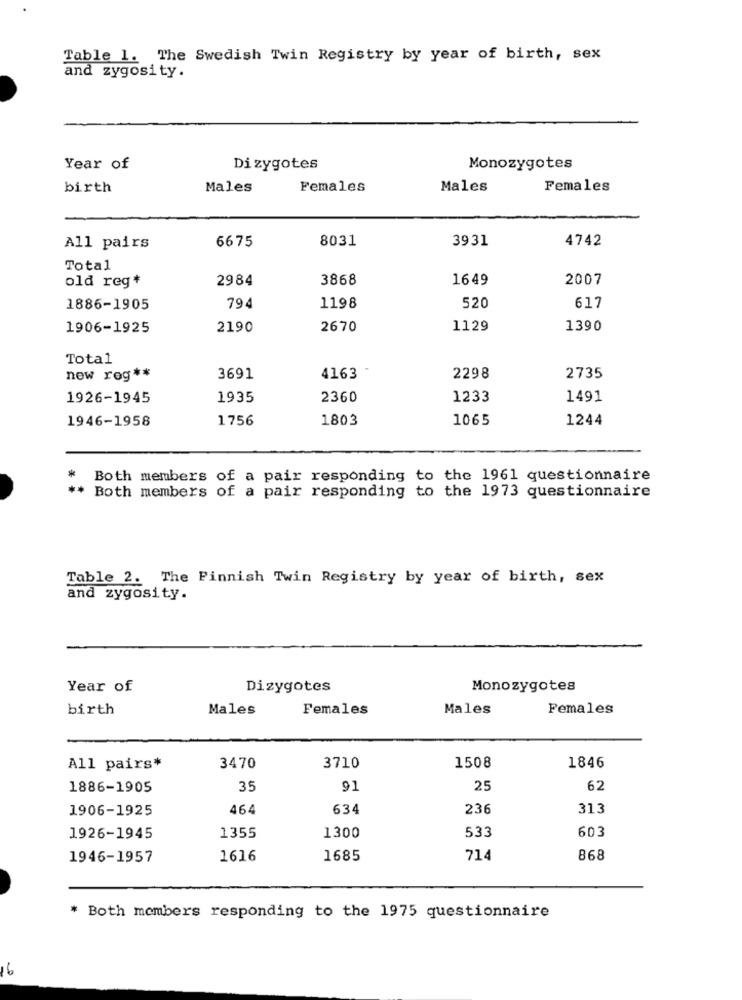
Table 1. The Swedish Twin Registry by year of birth, sex
and zygosity.
Year of
Di zygotes
Monozygotes
birth
Males
Females
Males
Females
6675
8031
3931
4742
All pairs
Total
old reg+
2984
3868
1649
2007
1886-1905
794
1198
520
617
1906-1925
2190
2670
1129
1390
Total
4163 -
new rog **
3691
2298
2735
1926-1945
1935
2360
1233
1491
1946-1958
1756
1803
1065
1244
Both members of a pair responding to the 1961 questionnaire
Both members of a pair responding to the 1973 questionnaire
Table 2. The Finnish Twin Registry by year of birth, sex
and zygosity.
Year of
Dizygotes
Monozygotes
birth
Males
Females
Males
Females
1508
All pairs*
3470
3710
1846
1886-1905
35
91
25
62
1906-1925
464
634
236
313
533
603
1926-1945
1355
1300
1946-1957
1616
1685
714
868
* Both members responding to the 1975 questionnaire
16